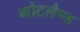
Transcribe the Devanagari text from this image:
गोटलैण्ड